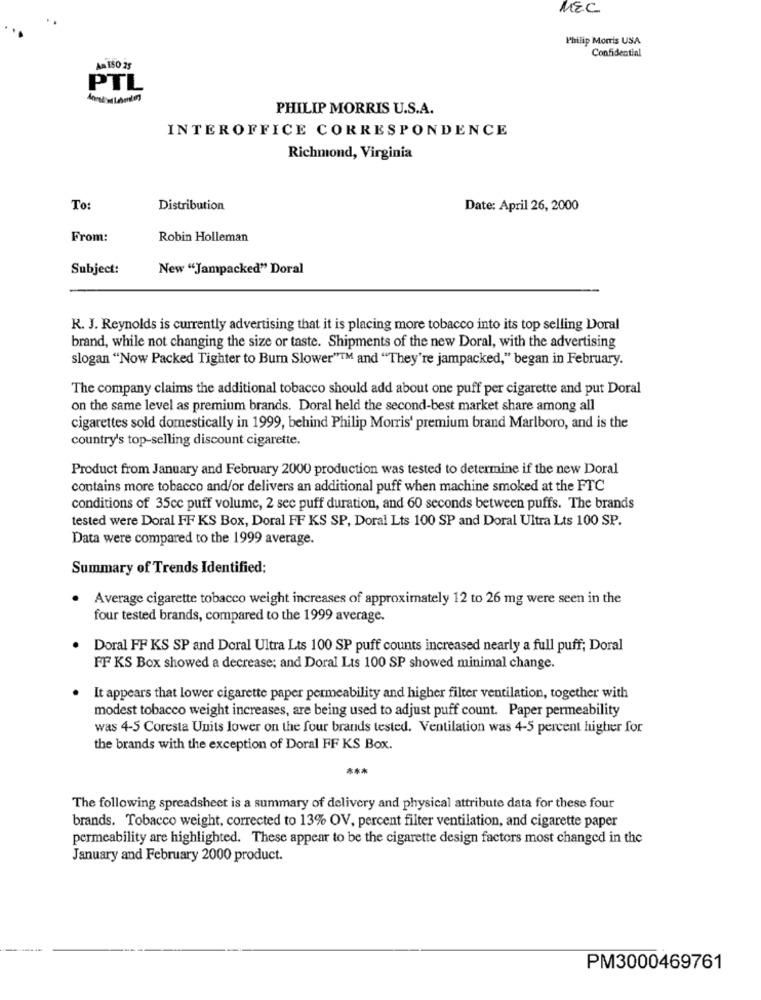
MEC
Philip Morris USA
Confidential
PTL
PHILIP MORRIS U.S.A.
INTEROFFICE CORRESPONDENCE
Richmond, Virginia
To:
Distribution
Date: April 26, 2000
From:
Robin Holleman
Subject:
New "Jampacked" Doral
R. J. Reynolds is currently advertising that it is placing more tobacco into its top selling Doral
brand, while not changing the size or taste. Shipments of the new Doral, with the advertising
slogan "Now Packed Tighter to Burn Slower"T" and "They're jampacked," began in February.
The company claims the additional tobacco should add about one puff per cigarette and put Doral
on the same level as premium brands. Doral held the second-best market share among all
cigarettes sold domestically in 1999, behind Philip Morris' premium brand Marlboro, and is the
country's top-selling discount cigarette.
Product from January and February 2000 production was tested to determine if the new Doral
contains more tobacco and/or delivers an additional puff when machine smoked at the FTC
conditions of 35cc puff volume, 2 sec puff duration, and 60 seconds between puffs. The brands
tested were Doral FF KS Box, Doral FF KS SP, Doral Lts 100 SP and Doral Ultra Lts 100 SP.
Data were compared to the 1999 average.
Summary of Trends Identified:
.
Average cigarette tobacco weight increases of approximately 12 to 26 mg were seen in the
four tested brands, compared to the 1999 average.
Doral FF KS SP and Doral Ultra Lts 100 SP puff counts increased nearly a full puff; Doral
FF KS Box showed a decrease; and Doral Lts 100 SP showed minimal change.
It appears that lower cigarette paper permeability and higher filter ventilation, together with
modest tobacco weight increases, are being used to adjust puff count. Paper permeability
was 4-5 Coresta Units lower on the four brands tested. Ventilation was 4-5 percent higher for
the brands with the exception of Doral FF KS Box.
***
The following spreadsheet is a summary of delivery and physical attribute data for these four
brands. Tobacco weight, corrected to 13% OV, percent filter ventilation, and cigarette paper
permeability are highlighted. These appear to be the cigarette design factors most changed in the
January and February 2000 product.
PM3000469761